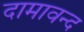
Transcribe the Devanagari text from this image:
दामावन्द